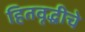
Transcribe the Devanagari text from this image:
हितवृद्धीचे